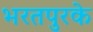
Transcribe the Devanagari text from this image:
भरतपुरके